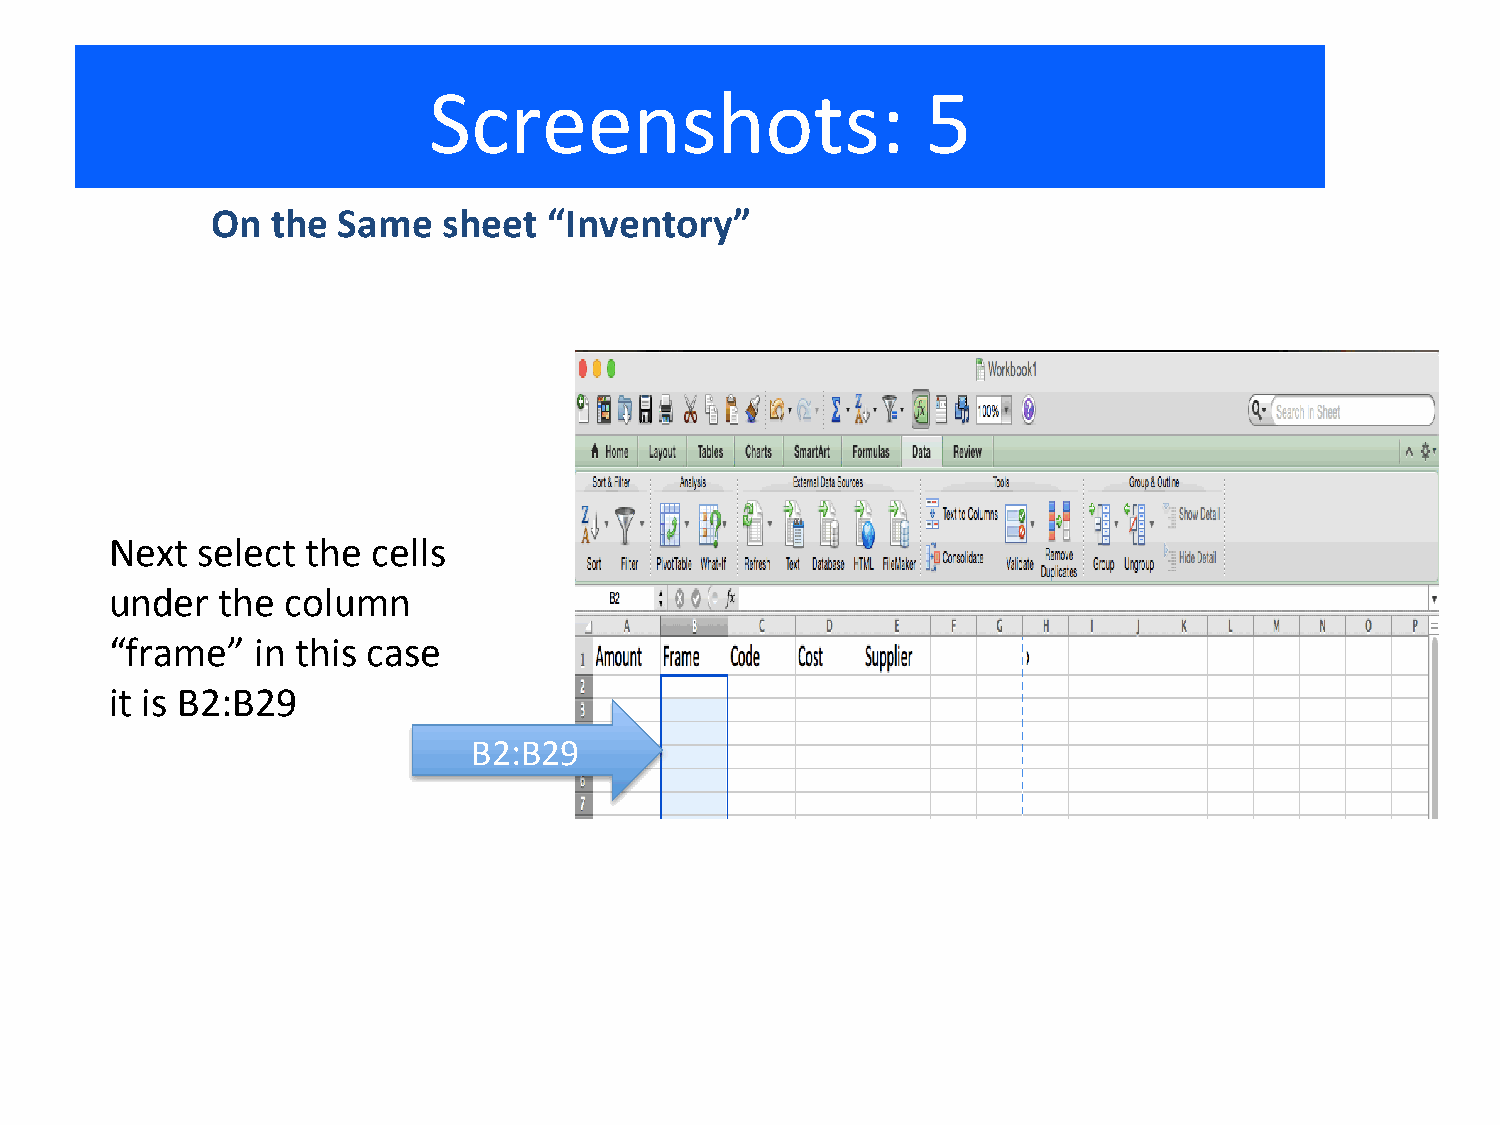
Screenshots:                     5
 On  the Same   sheet  “Inventory”
 Next  select the  cells
 under   the column
 “frame”   in this case
 it is B2:B29
 B2:B29